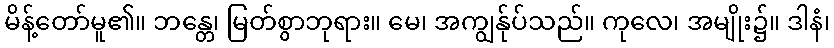
မိန့်တော်မူ၏။ ဘန္တေ၊ မြတ်စွာဘုရား။ မေ၊ အကျွန်ုပ်သည်။ ကုလေ၊ အမျိုး၌။ ဒါနံ၊